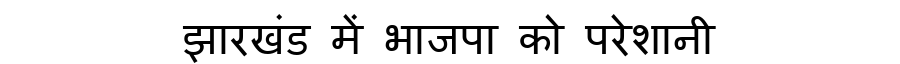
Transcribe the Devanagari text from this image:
झारखंड में भाजपा को परेशानी